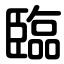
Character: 臨